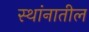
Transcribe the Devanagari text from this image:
स्थांनातील